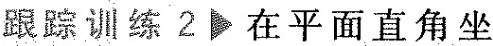
跟踪训练2▶在平面直角坐标